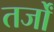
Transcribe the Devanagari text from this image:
तर्जों